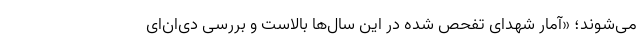
می‌شوند؛ «آمار شهدای تفحص شده در این سال‌ها بالاست و بررسی دی‌ان‌ای